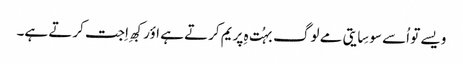
ویسے تو اُسے سوسِایتی مے لوگ بہُت ہِ پریم کرتے ہے اؤر کبھِ اِجت کرتے ہے۔